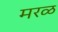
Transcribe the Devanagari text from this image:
मरळ